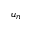
u _ { n }